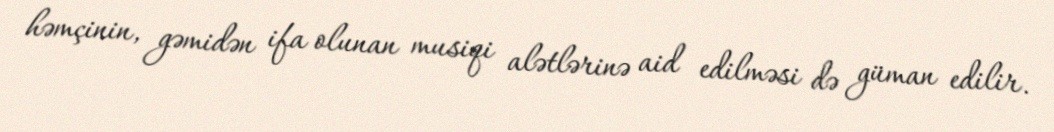
həmçinin, gəmidən ifa olunan musiqi alətlərinə aid edilməsi də güman edilir.